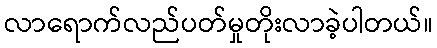
လာရောက်လည်ပတ်မှုတိုးလာခဲ့ပါတယ်။